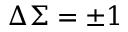
\Delta \Sigma = \pm 1